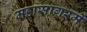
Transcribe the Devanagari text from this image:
महासागरमें